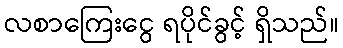
လစာကြေးငွေ ရပိုင်ခွင့် ရှိသည်။